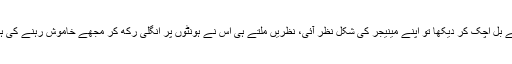
پیروں کے بل اچک کر دیکھا تو اپنے مینیجر کی شکل نظر آئی، نظریں ملتے ہی اس نے ہونٹوں پر انگلی رکھ کر مجھے خاموش رہنے کی ہدایت کی۔